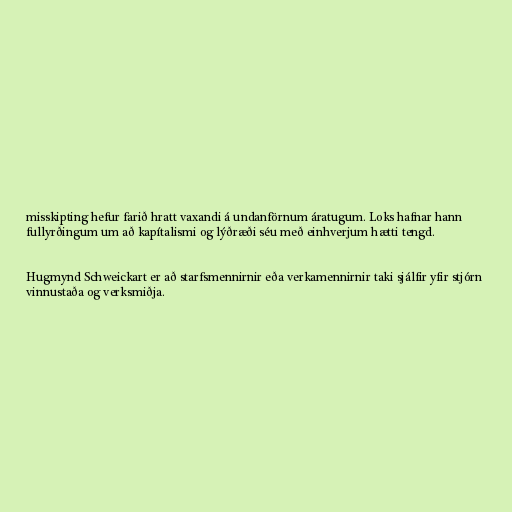
misskipting hefur farið hratt vaxandi á undanförnum áratugum. Loks hafnar hann
fullyrðingum um að kapítalismi og lýðræði séu með einhverjum hætti tengd.

Hugmynd Schweickart er að starfsmennirnir eða verkamennirnir taki sjálfir yfir stjórn
vinnustaða og verksmiðja.